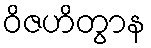
ဝိဇဟိတွာန